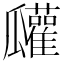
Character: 𤬠